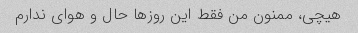
هیچی، ممنون من فقط این روزها حال و هوای ندارم